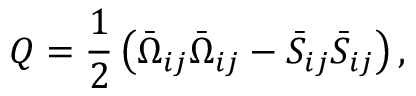
Q = \frac { 1 } { 2 } \left( \bar { \Omega } _ { i j } \bar { \Omega } _ { i j } - \bar { S } _ { i j } \bar { S } _ { i j } \right) ,